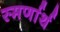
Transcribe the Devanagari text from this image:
स्मर्णार्थ